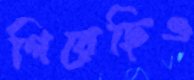
গিয়েছিও